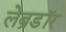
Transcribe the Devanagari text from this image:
लेब्रडॉर